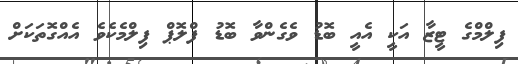
ފިލްމްގެ ޓީޒާ އަކީ އެއީ ބޮޑު ވެގެންވާ ބޮޑު ފްލޮޕް ފިލްމެކެވެ އެއްގޮތަކަށް